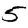
Digit: 5